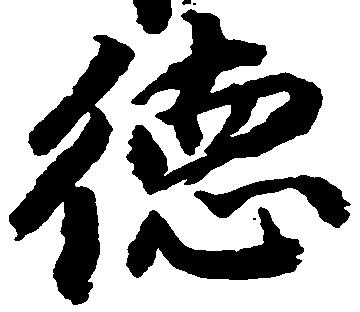
徳